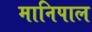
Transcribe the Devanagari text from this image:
मानिपाल